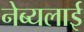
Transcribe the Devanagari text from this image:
नेब्यलाई